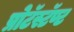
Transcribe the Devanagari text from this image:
प्रोटॅस्टॅण्ट